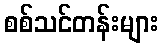
စစ်သင်တန်းများ